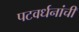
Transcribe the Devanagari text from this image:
पटवर्धनांची